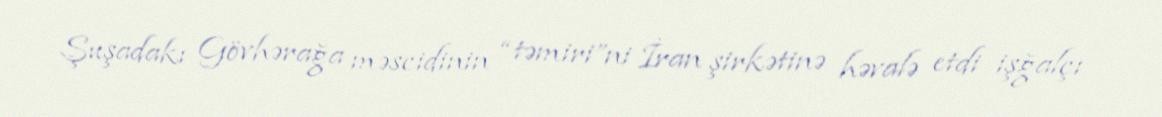
Şuşadakı Gövhərağa məscidinin “təmiri”ni İran şirkətinə həvalə etdi işğalçı